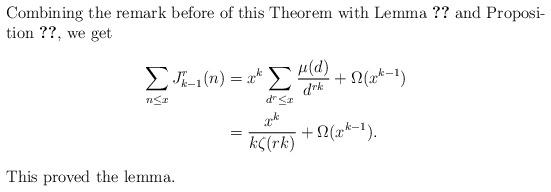
LaTeX: \begin{align*}\intertext{Combining the remark before of this Theorem with Lemma \ref{thm:2.2} and Proposition \ref{prop}, we get}\sum_{n \le x}J_{k-1}^r(n)&=x^k\sum_{d^r \le x}\frac {\mu(d)}{d^{rk}}+\Omega(x^{k-1})\\&=\frac{x^k}{k\zeta(rk)}+\Omega(x^{k-1}).\intertext{This proved the lemma.}\end{align*}